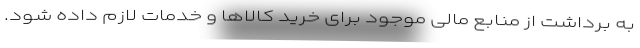
به برداشت از منابع مالی موجود برای خرید کالاها و خدمات لازم داده شود.